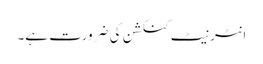
انٹرنیٹ کنکشن کی ضرورت ہے۔